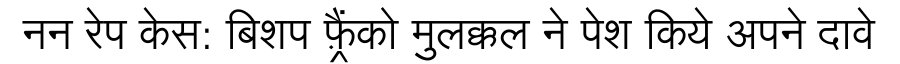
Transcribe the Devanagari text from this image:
नन रेप केस: बिशप फ़्रैंको मुलक्कल ने पेश किये अपने दावे